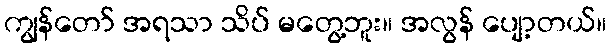
ကျွန်တော် အရသာ သိပ် မတွေ့ဘူး။ အလွန် ပျော့တယ်။